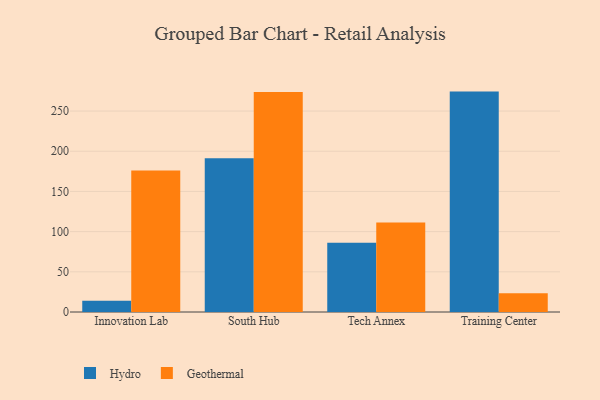
{"axis": {"x": "Campus", "y": "Inventory Turnover"}, "legend": ["Geothermal", "Hydro"], "data": [{"x": "Innovation Lab", "y": 13.9, "type": "Hydro"}, {"x": "Innovation Lab", "y": 176.1, "type": "Geothermal"}, {"x": "South Hub", "y": 191.4, "type": "Hydro"}, {"x": "South Hub", "y": 273.7, "type": "Geothermal"}, {"x": "Tech Annex", "y": 86.0, "type": "Hydro"}, {"x": "Tech Annex", "y": 111.5, "type": "Geothermal"}, {"x": "Training Center", "y": 274.2, "type": "Hydro"}, {"x": "Training Center", "y": 23.3, "type": "Geothermal"}]}